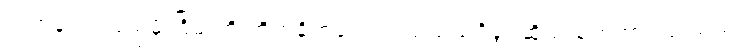
ညတုန်းက ပြည်မိုးငြိမ်းကို တိုက်ခိုက်ခဲ့သည့် သံသယရှိခွင့်ဆိုသည့် စကားလုံးသည်